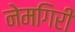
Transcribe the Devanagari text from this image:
नेमगिरी